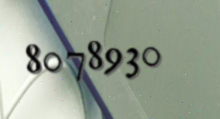
8078930